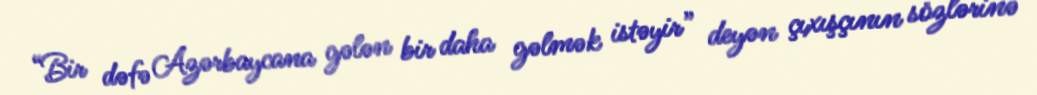
“Bir dəfə Azərbaycana gələn bir daha gəlmək istəyir” deyən çıxışçının sözlərinə